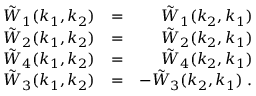
\begin{array} { r l r } { \tilde { W } _ { 1 } ( k _ { 1 } , k _ { 2 } ) } & { = } & { \tilde { W } _ { 1 } ( k _ { 2 } , k _ { 1 } ) } \\ { \tilde { W } _ { 2 } ( k _ { 1 } , k _ { 2 } ) } & { = } & { \tilde { W } _ { 2 } ( k _ { 2 } , k _ { 1 } ) } \\ { \tilde { W } _ { 4 } ( k _ { 1 } , k _ { 2 } ) } & { = } & { \tilde { W } _ { 4 } ( k _ { 2 } , k _ { 1 } ) } \\ { \tilde { W } _ { 3 } ( k _ { 1 } , k _ { 2 } ) } & { = } & { - \tilde { W } _ { 3 } ( k _ { 2 } , k _ { 1 } ) \; . } \end{array}